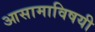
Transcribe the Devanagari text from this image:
आसामाविषयी